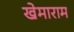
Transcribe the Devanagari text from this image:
खेमाराम